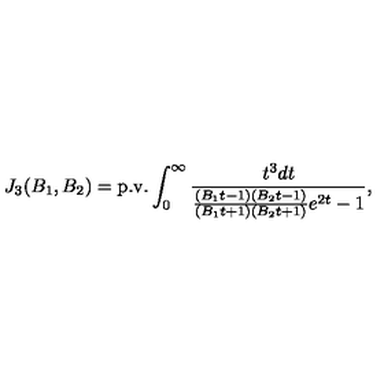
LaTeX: J _ { 3 } ( B _ { 1 } , B _ { 2 } ) = \mathrm { p . v . } \int _ { 0 } ^ { \infty } \frac { t ^ { 3 } d t } { \frac { ( B _ { 1 } t - 1 ) ( B _ { 2 } t - 1 ) } { ( B _ { 1 } t + 1 ) ( B _ { 2 } t + 1 ) } e ^ { 2 t } - 1 } ,